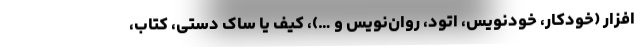
افزار (خودکار، خودنویس، اتود، روان‌نویس و …)، کیف یا ساک دستی، کتاب،